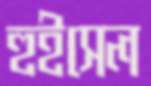
হুইসেল